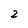
Character: 2